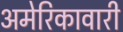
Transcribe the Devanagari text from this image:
अमेरिकावारी